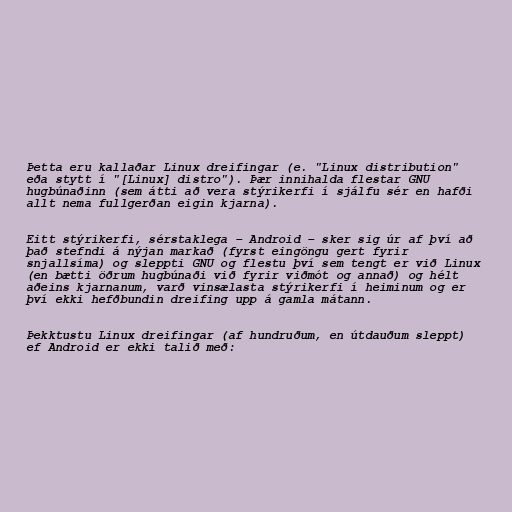
Þetta eru kallaðar Linux dreifingar (e. "Linux distribution"
eða stytt í "[Linux] distro"). Þær innihalda flestar GNU
hugbúnaðinn (sem átti að vera stýrikerfi í sjálfu sér en hafði
allt nema fullgerðan eigin kjarna).

Eitt stýrikerfi, sérstaklega – Android – sker sig úr af því að
það stefndi á nýjan markað (fyrst eingöngu gert fyrir
snjallsíma) og sleppti GNU og flestu því sem tengt er við Linux
(en bætti öðrum hugbúnaði við fyrir viðmót og annað) og hélt
aðeins kjarnanum, varð vinsælasta stýrikerfi í heiminum og er
því ekki hefðbundin dreifing upp á gamla mátann.

Þekktustu Linux dreifingar (af hundruðum, en útdauðum sleppt)
ef Android er ekki talið með: